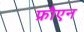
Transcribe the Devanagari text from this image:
फ्रौएन